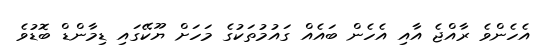
އެހެންވެ ރާއްޖެ އާއި އެހެން ބައެއް ގައުމުތަކުގެ މަހަށް ޔޫކޭގައި ޑިމާންޑް ބޮޑުވެ